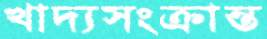
খাদ্যসংক্রান্ত